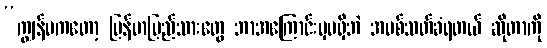
“ကျွန်မကတော့ မြန်မာပြည်သားတွေ ဘာအကြောင်းမှမရှိဘဲ အပစ်သတ်ခံရတယ် ဆိုတာကို